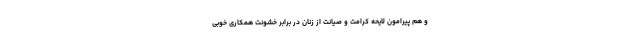
و هم پیرامون لایحه کرامت و صیانت از زنان در برابر خشونت همکاری خوبی